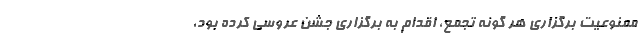
ممنوعیت برگزاری هر گونه تجمع، اقدام به برگزاری جشن عروسی کرده بود،